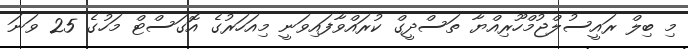
މި ބިލް ރައީސުލްޖުމްހޫރިއްޔާ ތަސްދީގް ކުރައްވާފައިވަނީ މިއަހަރުގެ އޮގަސްޓް މަހުގެ 25 ވަނަ